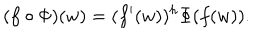
LaTeX: ( f \circ \Phi ) ( w ) = ( f ^ { \prime } ( w ) ) ^ { h } \Phi ( f ( w ) ) .